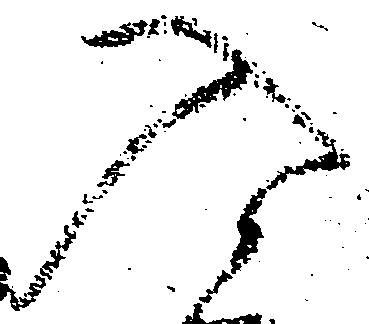
入